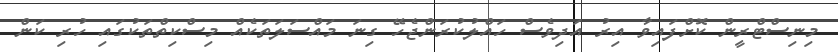
މިނިސްޓްރީން ކޮށްފައިވާ އިރު އަދިވެސް ހައްލުކުރަންޖެހޭ ގިނަ މައްސަލަތަކެއް މިސްކިތްތަކުގައި ހުރި ކަން